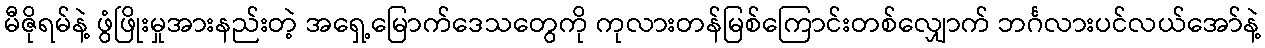
မီဇိုရမ်နဲ့ ဖွံဖြိုးမှုအားနည်းတဲ့ အရှေ့မြောက်ဒေသတွေကို ကုလားတန်မြစ်ကြောင်းတစ်လျှောက် ဘင်္ဂလားပင်လယ်အော်နဲ့